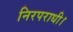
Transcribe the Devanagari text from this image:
निरपराधी।